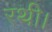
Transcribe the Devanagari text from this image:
रथी।